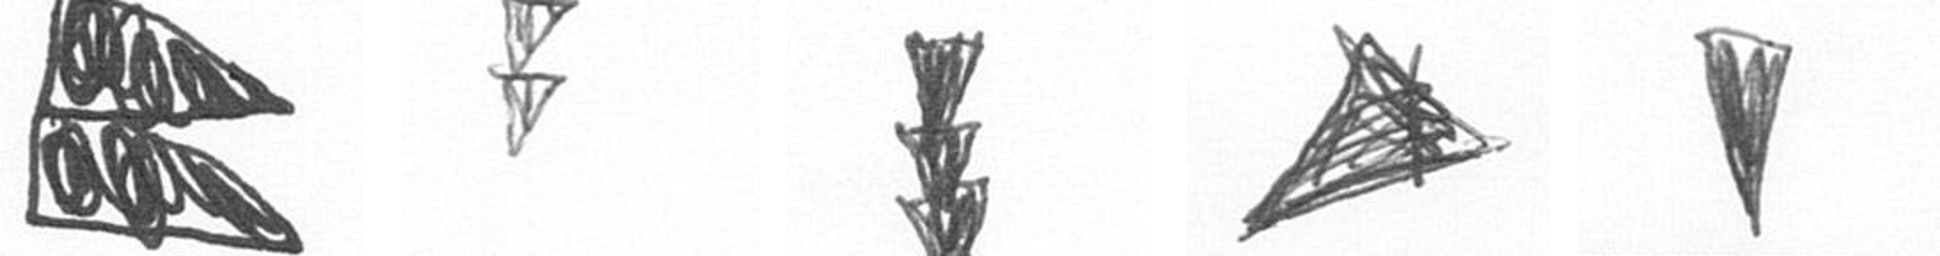
P Z E O J